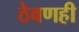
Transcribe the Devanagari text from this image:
ठेवणही